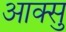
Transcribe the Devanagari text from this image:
आक्सु